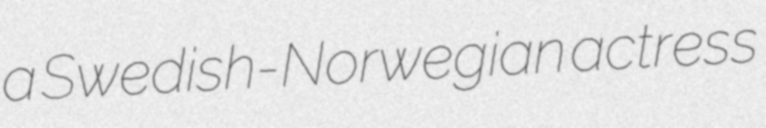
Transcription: a Swedish-Norwegian actress